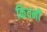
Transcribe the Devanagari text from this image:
किंतनी